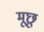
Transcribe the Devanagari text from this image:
मूछू